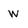
Character: w